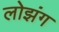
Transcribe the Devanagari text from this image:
लोझंग